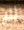
لم